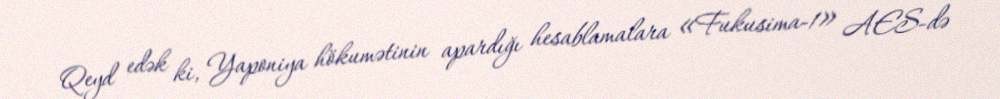
Qeyd edək ki, Yaponiya hökumətinin apardığı hesablamalara «Fukusima-1» AES-də